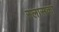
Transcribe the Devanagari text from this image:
स्लासका